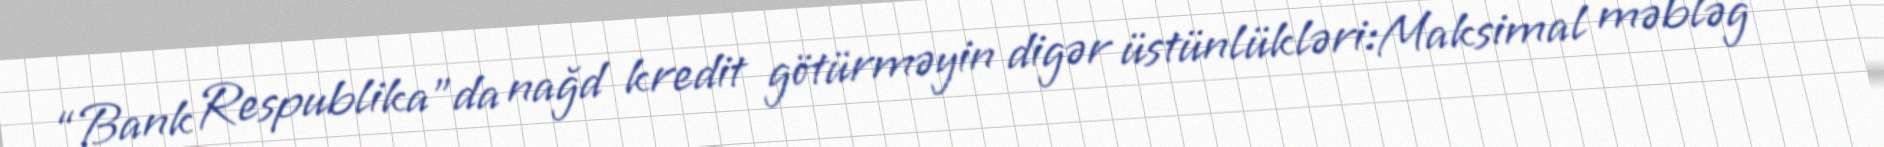
“Bank Respublika”da nağd kredit götürməyin digər üstünlükləri:Maksimal məbləğ –